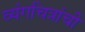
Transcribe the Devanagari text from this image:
व्यंगचित्रांचीं